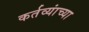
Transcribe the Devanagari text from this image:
कर्तव्यांच्या